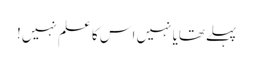
پہلےتھایا نہیں اس کا علم نہیں!